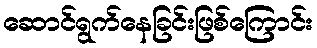
ဆောင်ရွက်နေခြင်းဖြစ်ကြောင်း